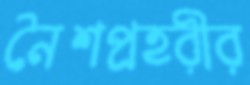
নৈশপ্রহরীর